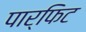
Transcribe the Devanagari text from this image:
पार्फिट